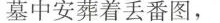
墓中安葬着丢番图，